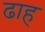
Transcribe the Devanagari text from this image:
ढाह